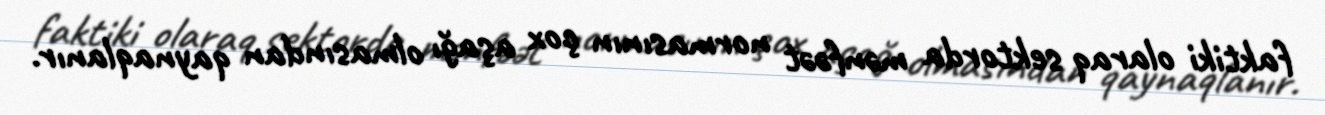
faktiki olaraq sektorda mənfəət normasının çox aşağı olmasından qaynaqlanır.